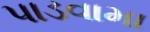
પાડવામા